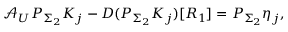
\mathcal { A } _ { U } P _ { \Sigma _ { 2 } } K _ { j } - D ( P _ { \Sigma _ { 2 } } K _ { j } ) [ R _ { 1 } ] = P _ { \Sigma _ { 2 } } \eta _ { j } ,